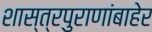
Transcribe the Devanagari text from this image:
शास्त्रपुराणांबाहेर